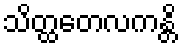
သိတ္ထတေလကန္တိ